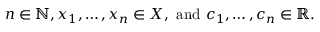
n \in \mathbb { N } , x _ { 1 } , \dots , x _ { n } \in X , { \mathrm { ~ a n d ~ } } c _ { 1 } , \dots , c _ { n } \in \mathbb { R } .